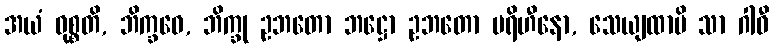
အယံ ဝုစ္စတိ, ဘိက္ခဝေ, ဘိက္ခု ဥဘတော ဘဋ္ဌော ဥဘတော ပရိဟီနော, သေယျထာပိ သာ ဂါဝီ